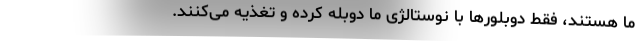
ما هستند، فقط دوبلورها با نوستالژی ما دوبله کرده و تغذیه می‌کنند.